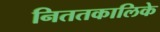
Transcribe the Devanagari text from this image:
निततकालिके